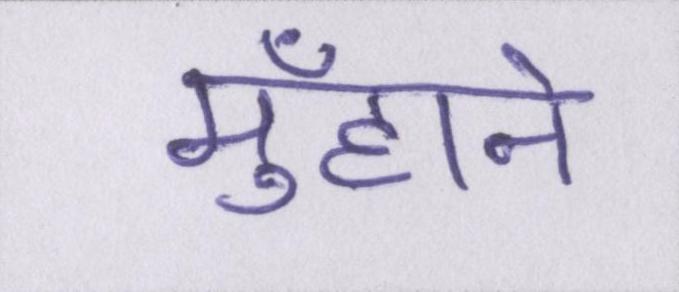
मुँहाने